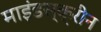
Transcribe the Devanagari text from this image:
माइंडस्क्रीन